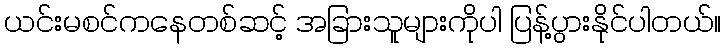
ယင်းမစင်ကနေတစ်ဆင့် အခြားသူများကိုပါ ပြန့်ပွားနိုင်ပါတယ်။